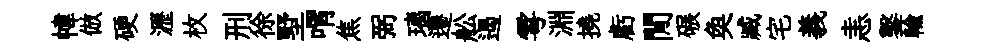
幃倣硬瀝枚刑徐墅喟焦弼璃遷舩遏雩淵撓虧閒碾奐臧宅義恚鑿輸